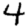
Digit: 4